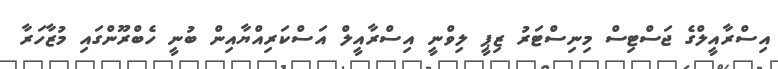
އިސްރާއީލްގެ ޖަސްޓިސް މިނިސްޓަރު ޒިޕީ ލިވްނީ އިސްރާއީލް އަސްކަރިއްޔާއިން ބުނީ ހެބްރޫންގައި މުޒާހަރާ